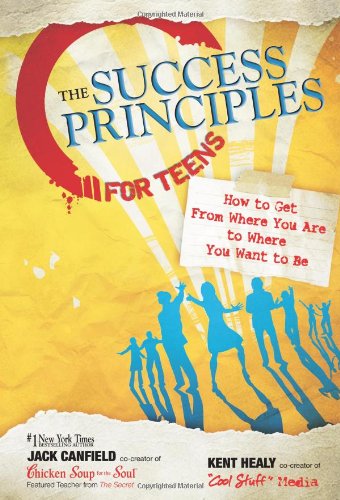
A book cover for The Success Principles for Teens: How to Get From Where You Are to Where You Want to Be; Jack Canfield; Teen & Young Adult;